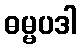
ဓမ္မပဒါ